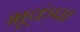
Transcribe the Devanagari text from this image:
भूकंप।